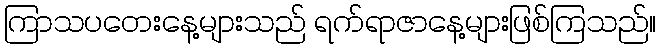
ကြာသပတေးနေ့များသည် ရက်ရာဇာနေ့များဖြစ်ကြသည်။